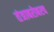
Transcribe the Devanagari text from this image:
तंत्राबरोबरच